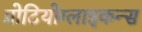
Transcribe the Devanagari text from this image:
प्रोटियोग्लाइकन्स